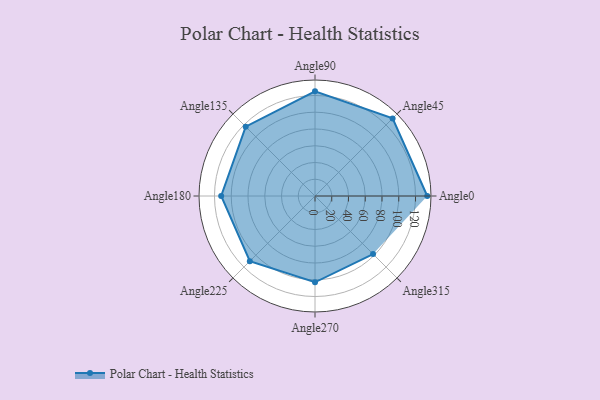
{"axis": {"x": "Angle", "y": "Radius"}, "legend": [""], "data": [{"x": "Angle0", "y": 134.0, "type": ""}, {"x": "Angle45", "y": 131.0, "type": ""}, {"x": "Angle90", "y": 125.0, "type": ""}, {"x": "Angle135", "y": 117.0, "type": ""}, {"x": "Angle180", "y": 112.0, "type": ""}, {"x": "Angle225", "y": 110.0, "type": ""}, {"x": "Angle270", "y": 103.0, "type": ""}, {"x": "Angle315", "y": 98.0, "type": ""}]}